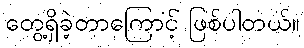
တွေ့ရှိခဲ့တာကြောင့် ဖြစ်ပါတယ်။